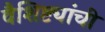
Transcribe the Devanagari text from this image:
वैशिष्ट्यांची